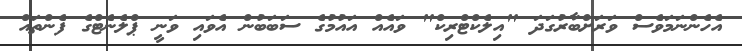
އެހެންނަމަވެސް ވަރަށްބާރުގަދަ "އިލެކްޓްރިކް" ވައެއް އައުމުގެ ސަބަބުން އެވައި ވަނީ ޕްލެނެޓްގެ ފެންތައް